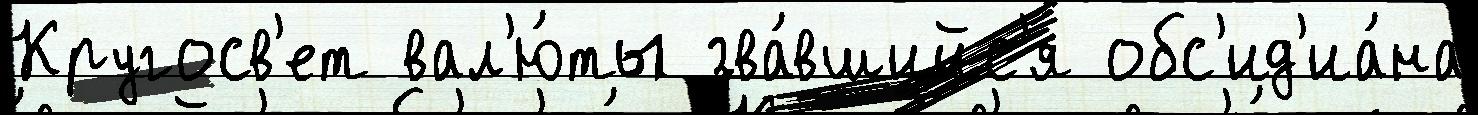
Кругосв'ет вал'ю́ты зва́вшийс'я обс'ид'иа́на